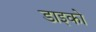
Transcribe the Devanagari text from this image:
डाइको